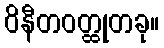
ဝိနီတဝတ္ထုတခု။